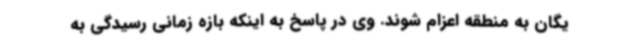
یگان به منطقه اعزام شوند. وی در پاسخ به اینکه بازه زمانی رسیدگی به